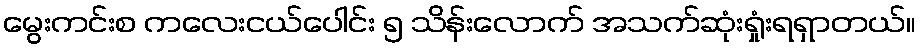
မွေးကင်းစ ကလေးငယ်ပေါင်း ၅ သိန်းလောက် အသက်ဆုံးရှုံးရရှာတယ်။